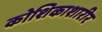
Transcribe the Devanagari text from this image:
कोशिकाशारीर